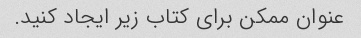
عنوان ممکن برای کتاب زیر ایجاد کنید.